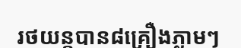
រថយន្តបាន៨គ្រឿងភ្លាមៗ